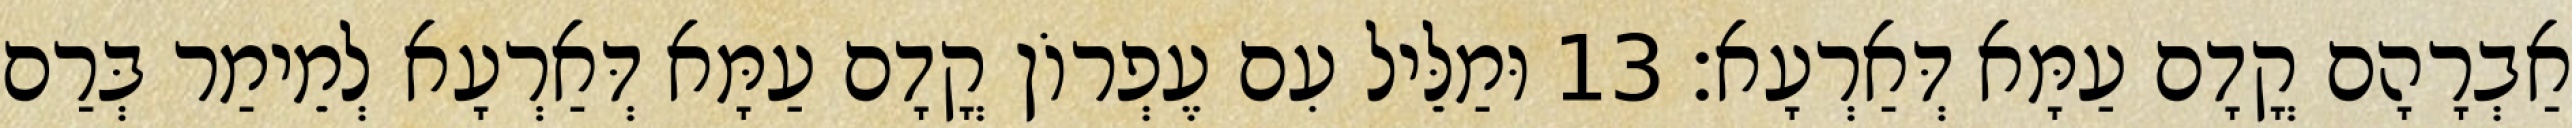
אַבְרָהָם קֳדָם עַמָּא דְּאַרְעָא׃ 13 וּמַלֵּיל עִם עֶפְרוֹן קֳדָם עַמָּא דְּאַרְעָא לְמֵימַר בְּרַם